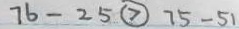
7 6 - 2 5 \textcircled { > } 7 5 - 5 1